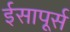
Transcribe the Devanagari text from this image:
ईसापूर्स